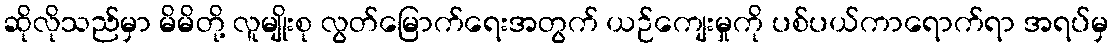
ဆိုလိုသည်မှာ မိမိတို့ လူမျိုးစု လွတ်မြောက်ရေးအတွက် ယဉ်ကျေးမှုကို ပစ်ပယ်ကာရောက်ရာ အရပ်မှ